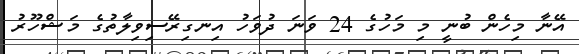
އޭނާ މިހެން ބުނީ މި މަހުގެ 24 ވަނަ ދުވަހު އިނގިރޭސިވިލާތުގެ މަޝްހޫރު